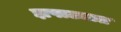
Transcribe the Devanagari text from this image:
झपाट्यात